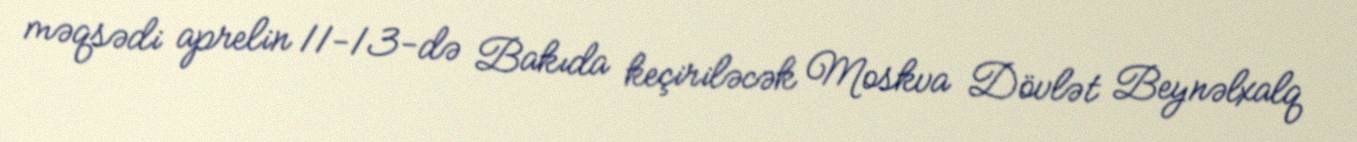
məqsədi aprelin 11-13-də Bakıda keçiriləcək Moskva Dövlət Beynəlxalq